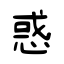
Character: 惑